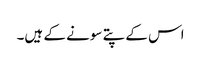
اس کے پتے سونے کے ہیں۔